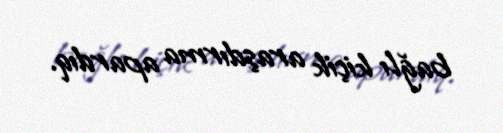
bağlı kiçik araşdırma apardıq.